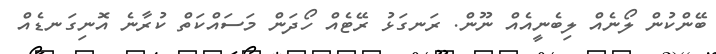
ބޭންކުން ލޯނެއް ލިބެނީއެއް ނޫން. ރަނގަޅު ރޭޓެއް ހޯދަން މަސައްކަތް ކުރާނެ އޮނިގަނޑެއް